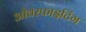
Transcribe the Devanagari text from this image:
ओवरफाइटिंग